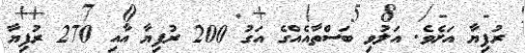
ރުފިޔާ އަށެވެ. އަލުވި ބަސްތާއެއްގެ އަގު 200 ރުފިޔާ އާއި 270 ރުފިޔާ